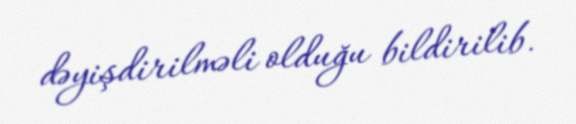
dəyişdirilməli olduğu bildirilib.